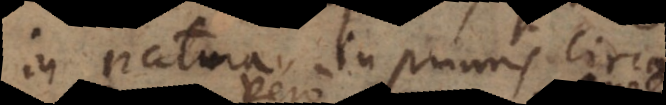
in natura, inprimis circa